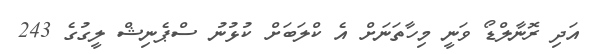
އަދި ރޮނާލްޑޯ ވަނީ މިހާތަނަށް އެ ކްލަބަށް ކުޅުނު ސްޕެނިޝް ލީގުގެ 243